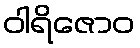
ဝါရိဇောဝ